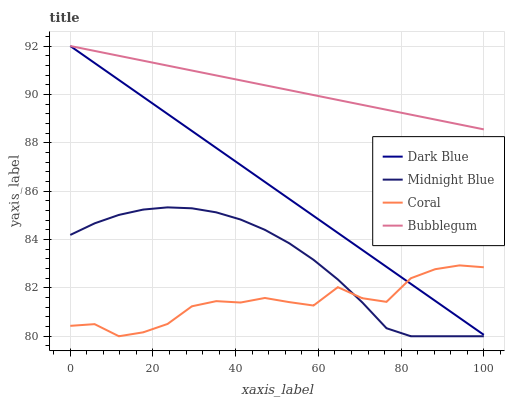
| xaxis_label | Dark Blue | Midnight Blue | Coral | Bubblegum |
 | --- | --- | --- | --- | --- |
 | 0 | 92 | 84.2 | 80.4 | 92 |
 | 5.88 | 91.3 | 84.7 | 80.5 | 91.8 |
 | 11.8 | 90.6 | 85 | 80 | 91.6 |
 | 17.6 | 89.9 | 85.2 | 80.2 | 91.4 |
 | 23.5 | 89.2 | 85.3 | 80.5 | 91.2 |
 | 29.4 | 88.5 | 85.3 | 81.2 | 91 |
 | 35.3 | 87.8 | 85.1 | 81.5 | 90.8 |
 | 41.2 | 87.1 | 84.8 | 81.4 | 90.6 |
 | 47.1 | 86.4 | 84.4 | 81.6 | 90.4 |
 | 52.9 | 85.7 | 83.8 | 81.4 | 90.2 |
 | 58.8 | 85 | 83.2 | 81.3 | 90 |
 | 64.7 | 84.3 | 82.3 | 82 | 89.8 |
 | 70.6 | 83.6 | 81.4 | 81.6 | 89.6 |
 | 76.5 | 82.9 | 80.3 | 81.4 | 89.4 |
 | 82.4 | 82.2 | 80 | 82.4 | 89.2 |
 | 88.2 | 81.5 | 80 | 82.8 | 89 |
 | 94.1 | 80.8 | 80 | 82.9 | 88.8 |
 | 100 | 80.1 | 80 | 82.9 | 88.6 |